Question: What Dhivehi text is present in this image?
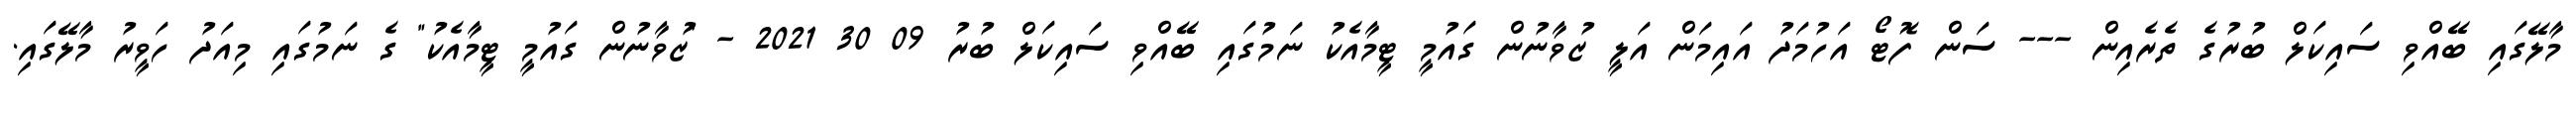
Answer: މާލޭގައި ބޭއްވި ސައިކަލް ބުރުގެ ތެރެއިން --- ސަން ފޮޓޯ އަހުމަދު އައިމަން އަލީ ޒުވާނުން ގައުމީ ޓީމާއެކު ނަމުގައި ބޭއްވި ސައިކަލް ބުރު 09 30 2021 - "ޒުވާނުން ގައުމީ ޓީމާއެކު" ގެ ނަމުގައި މިއަދު ހަވީރު މާލޭގައި.